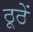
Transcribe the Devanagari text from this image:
ठूठें